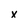
Character: x